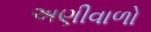
અણીવાળો